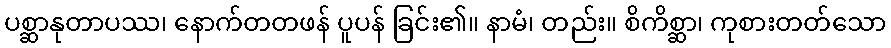
ပစ္ဆာနုတာပဿ၊ နောက်တတဖန် ပူပန် ခြင်း၏။ နာမံ၊ တည်း။ စိကိစ္ဆာ၊ ကုစားတတ်သော